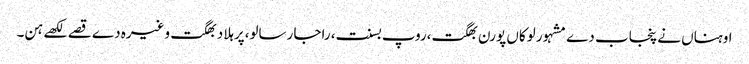
اوہناں نے پنجاب دے مشہور لوکاں پورن بھگت،روپ بسنت، راجا رسالو،پرہلاد بھگت وغیرہ دے قصے لکھے ہن۔